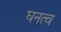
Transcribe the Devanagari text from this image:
घनत्‍व